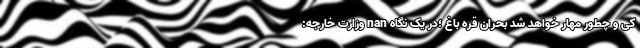
کی و چطور مهار خواهد شد بحران قره باغ ؛در یک نگاه nan وزارت خارجه: